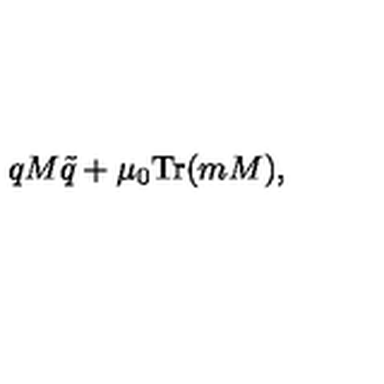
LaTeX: q M \tilde { q } + \mu _ { 0 } \mathrm { T r } ( m M ) ,